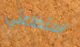
إستطاعتي